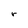
Character: r